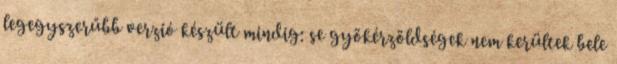
legegyszerűbb verzió készült mindig: se gyökérzöldségek nem kerültek bele